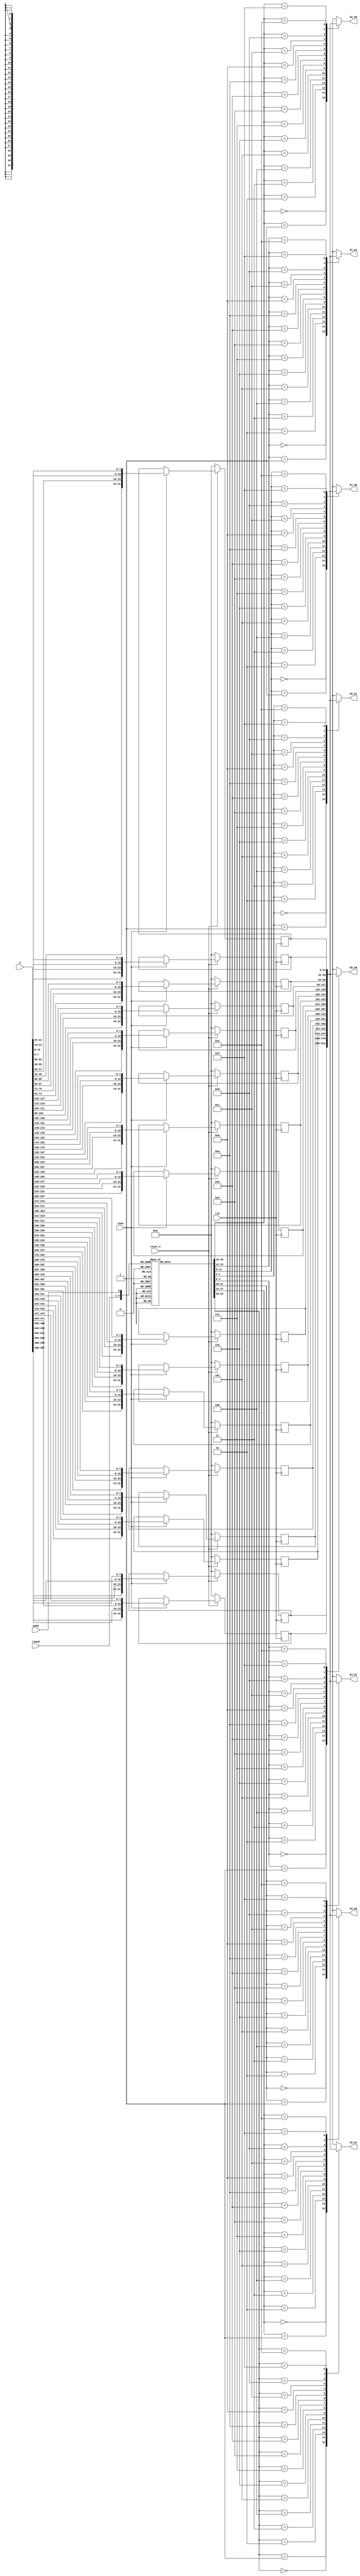
//======================================================================
//
// blake2s_m_select.v
// ------------------
// Verilog 2001 implementation of the message word selection in the
// blake2 hash function core. Based on the given round and mode, we
// extract the indices for the eight m words to select.
// The words are then selected and returned. This is basically a
// mux based implementation of the permutation table in combination
// with the actual word selection.
//
//
// Note that we use the mode to signal which indices to select
// for a given round. This is because we don't do 8 G-functions
// in a single cycle.
//
//
// Copyright (c) 2018, Assured AB
// All rights reserved.
//
// Redistribution and use in source and binary forms, with or
// without modification, are permitted provided that the following
// conditions are met:
//
// 1. Redistributions of source code must retain the above copyright
//    notice, this list of conditions and the following disclaimer.
//
// 2. Redistributions in binary form must reproduce the above copyright
//    notice, this list of conditions and the following disclaimer in
//    the documentation and/or other materials provided with the
//    distribution.
//
// THIS SOFTWARE IS PROVIDED BY THE COPYRIGHT HOLDERS AND CONTRIBUTORS
// "AS IS" AND ANY EXPRESS OR IMPLIED WARRANTIES, INCLUDING, BUT NOT
// LIMITED TO, THE IMPLIED WARRANTIES OF MERCHANTABILITY AND FITNESS
// FOR A PARTICULAR PURPOSE ARE DISCLAIMED. IN NO EVENT SHALL THE
// COPYRIGHT OWNER OR CONTRIBUTORS BE LIABLE FOR ANY DIRECT, INDIRECT,
// INCIDENTAL, SPECIAL, EXEMPLARY, OR CONSEQUENTIAL DAMAGES (INCLUDING,
// BUT NOT LIMITED TO, PROCUREMENT OF SUBSTITUTE GOODS OR SERVICES;
// LOSS OF USE, DATA, OR PROFITS; OR BUSINESS INTERRUPTION) HOWEVER
// CAUSED AND ON ANY THEORY OF LIABILITY, WHETHER IN CONTRACT,
// STRICT LIABILITY, OR TORT (INCLUDING NEGLIGENCE OR OTHERWISE)
// ARISING IN ANY WAY OUT OF THE USE OF THIS SOFTWARE, EVEN IF
// ADVISED OF THE POSSIBILITY OF SUCH DAMAGE.
//
//======================================================================

module blake2s_m_select(
                        input wire           clk,
                        input wire           reset_n,

                        input wire           load,
                        input wire [511 : 0] m,

                        input wire [3 : 0]   round,
                        input wire           mode,

                        output wire [31 : 0] G0_m0,
                        output wire [31 : 0] G0_m1,
                        output wire [31 : 0] G1_m0,
                        output wire [31 : 0] G1_m1,
                        output wire [31 : 0] G2_m0,
                        output wire [31 : 0] G2_m1,
                        output wire [31 : 0] G3_m0,
                        output wire [31 : 0] G3_m1
                       );


  //----------------------------------------------------------------
  // regs.
  //----------------------------------------------------------------
  reg [31 : 0] m_mem [0 : 15];


  //----------------------------------------------------------------
  // Wires.
  //----------------------------------------------------------------
  reg [3 : 0] i_G0_m0;
  reg [3 : 0] i_G0_m1;
  reg [3 : 0] i_G1_m0;
  reg [3 : 0] i_G1_m1;
  reg [3 : 0] i_G2_m0;
  reg [3 : 0] i_G2_m1;
  reg [3 : 0] i_G3_m0;
  reg [3 : 0] i_G3_m1;


  //----------------------------------------------------------------
  // Concurrent connectivity for ports.
  //----------------------------------------------------------------
  // Eight parallel, muxes that extract the message block words.
  assign G0_m0 = m_mem[i_G0_m0];
  assign G0_m1 = m_mem[i_G0_m1];
  assign G1_m0 = m_mem[i_G1_m0];
  assign G1_m1 = m_mem[i_G1_m1];
  assign G2_m0 = m_mem[i_G2_m0];
  assign G2_m1 = m_mem[i_G2_m1];
  assign G3_m0 = m_mem[i_G3_m0];
  assign G3_m1 = m_mem[i_G3_m1];


  //----------------------------------------------------------------
  // reg_update
  //
  // Update functionality for all registers in the core.
  // All registers are positive edge triggered with synchronous,
  // active low reset. All registers have write enable.
  //----------------------------------------------------------------
  always @ (posedge clk)
    begin : reg_update
      integer i;

      if (!reset_n)
        begin
          for (i = 0 ; i < 16 ; i = i + 1)
            m_mem[i] <= 32'h0;
        end
      else
        begin
          if (load)
            begin
              // Big to little endian conversion during register load.
              m_mem[00] <= {m[0487 : 0480], m[0495 : 0488], m[0503 : 0496], m[0511 : 0504]};
              m_mem[01] <= {m[0455 : 0448], m[0463 : 0456], m[0471 : 0464], m[0479 : 0472]};
              m_mem[02] <= {m[0423 : 0416], m[0431 : 0424], m[0439 : 0432], m[0447 : 0440]};
              m_mem[03] <= {m[0391 : 0384], m[0399 : 0392], m[0407 : 0400], m[0415 : 0408]};
              m_mem[04] <= {m[0359 : 0352], m[0367 : 0360], m[0375 : 0368], m[0383 : 0376]};
              m_mem[05] <= {m[0327 : 0320], m[0335 : 0328], m[0343 : 0336], m[0351 : 0344]};
              m_mem[06] <= {m[0295 : 0288], m[0303 : 0296], m[0311 : 0304], m[0319 : 0312]};
              m_mem[07] <= {m[0263 : 0256], m[0271 : 0264], m[0279 : 0272], m[0287 : 0280]};
              m_mem[08] <= {m[0231 : 0224], m[0239 : 0232], m[0247 : 0240], m[0255 : 0248]};
              m_mem[09] <= {m[0199 : 0192], m[0207 : 0200], m[0215 : 0208], m[0223 : 0216]};
              m_mem[10] <= {m[0167 : 0160], m[0175 : 0168], m[0183 : 0176], m[0191 : 0184]};
              m_mem[11] <= {m[0135 : 0128], m[0143 : 0136], m[0151 : 0144], m[0159 : 0152]};
              m_mem[12] <= {m[0103 : 0096], m[0111 : 0104], m[0119 : 0112], m[0127 : 0120]};
              m_mem[13] <= {m[0071 : 0064], m[0079 : 0072], m[0087 : 0080], m[0095 : 0088]};
              m_mem[14] <= {m[0039 : 0032], m[0047 : 0040], m[0055 : 0048], m[0063 : 0056]};
              m_mem[15] <= {m[0007 : 0000], m[0015 : 0008], m[0023 : 0016], m[0031 : 0024]};
            end
        end
    end // reg_update


  //----------------------------------------------------------------
  // get_indices
  //
  // Get the indices from the permutation table given the
  // round and the G function mode. This is the SIGMA table.
  //----------------------------------------------------------------
  always @*
    begin : get_indices
      i_G0_m0 = 4'd0;
      i_G0_m1 = 4'd0;
      i_G1_m0 = 4'd0;
      i_G1_m1 = 4'd0;
      i_G2_m0 = 4'd0;
      i_G2_m1 = 4'd0;
      i_G3_m0 = 4'd0;
      i_G3_m1 = 4'd0;

      case ({round, mode})
        0: begin
          i_G0_m0 = 4'd00;
          i_G0_m1 = 4'd01;
          i_G1_m0 = 4'd02;
          i_G1_m1 = 4'd03;
          i_G2_m0 = 4'd04;
          i_G2_m1 = 4'd05;
          i_G3_m0 = 4'd06;
          i_G3_m1 = 4'd07;
        end

        1: begin
          i_G0_m0 = 4'd08;
          i_G0_m1 = 4'd09;
          i_G1_m0 = 4'd10;
          i_G1_m1 = 4'd11;
          i_G2_m0 = 4'd12;
          i_G2_m1 = 4'd13;
          i_G3_m0 = 4'd14;
          i_G3_m1 = 4'd15;
        end

        2: begin
          i_G0_m0 = 4'd14;
          i_G0_m1 = 4'd10;
          i_G1_m0 = 4'd04;
          i_G1_m1 = 4'd08;
          i_G2_m0 = 4'd09;
          i_G2_m1 = 4'd15;
          i_G3_m0 = 4'd13;
          i_G3_m1 = 4'd06;
        end

        3: begin
          i_G0_m0 = 4'd01;
          i_G0_m1 = 4'd12;
          i_G1_m0 = 4'd00;
          i_G1_m1 = 4'd02;
          i_G2_m0 = 4'd11;
          i_G2_m1 = 4'd07;
          i_G3_m0 = 4'd05;
          i_G3_m1 = 4'd03;
        end

        4: begin
          i_G0_m0 = 4'd11;
          i_G0_m1 = 4'd08;
          i_G1_m0 = 4'd12;
          i_G1_m1 = 4'd00;
          i_G2_m0 = 4'd05;
          i_G2_m1 = 4'd02;
          i_G3_m0 = 4'd15;
          i_G3_m1 = 4'd13;
        end

        5: begin
          i_G0_m0 = 4'd10;
          i_G0_m1 = 4'd14;
          i_G1_m0 = 4'd03;
          i_G1_m1 = 4'd06;
          i_G2_m0 = 4'd07;
          i_G2_m1 = 4'd01;
          i_G3_m0 = 4'd09;
          i_G3_m1 = 4'd04;
        end

        6: begin
          i_G0_m0 = 4'd07;
          i_G0_m1 = 4'd09;
          i_G1_m0 = 4'd03;
          i_G1_m1 = 4'd01;
          i_G2_m0 = 4'd13;
          i_G2_m1 = 4'd12;
          i_G3_m0 = 4'd11;
          i_G3_m1 = 4'd14;
        end

        7: begin
          i_G0_m0 = 4'd02;
          i_G0_m1 = 4'd06;
          i_G1_m0 = 4'd05;
          i_G1_m1 = 4'd10;
          i_G2_m0 = 4'd04;
          i_G2_m1 = 4'd00;
          i_G3_m0 = 4'd15;
          i_G3_m1 = 4'd08;
        end

        8: begin
          i_G0_m0 = 4'd09;
          i_G0_m1 = 4'd00;
          i_G1_m0 = 4'd05;
          i_G1_m1 = 4'd07;
          i_G2_m0 = 4'd02;
          i_G2_m1 = 4'd04;
          i_G3_m0 = 4'd10;
          i_G3_m1 = 4'd15;
        end

        9: begin
          i_G0_m0 = 4'd14;
          i_G0_m1 = 4'd01;
          i_G1_m0 = 4'd11;
          i_G1_m1 = 4'd12;
          i_G2_m0 = 4'd06;
          i_G2_m1 = 4'd08;
          i_G3_m0 = 4'd03;
          i_G3_m1 = 4'd13;
        end

        10: begin
          i_G0_m0 = 4'd02;
          i_G0_m1 = 4'd12;
          i_G1_m0 = 4'd06;
          i_G1_m1 = 4'd10;
          i_G2_m0 = 4'd00;
          i_G2_m1 = 4'd11;
          i_G3_m0 = 4'd08;
          i_G3_m1 = 4'd03;
        end

        11: begin
          i_G0_m0 = 4'd04;
          i_G0_m1 = 4'd13;
          i_G1_m0 = 4'd07;
          i_G1_m1 = 4'd05;
          i_G2_m0 = 4'd15;
          i_G2_m1 = 4'd14;
          i_G3_m0 = 4'd01;
          i_G3_m1 = 4'd09;
        end

        12: begin
          i_G0_m0 = 4'd12;
          i_G0_m1 = 4'd05;
          i_G1_m0 = 4'd01;
          i_G1_m1 = 4'd15;
          i_G2_m0 = 4'd14;
          i_G2_m1 = 4'd13;
          i_G3_m0 = 4'd04;
          i_G3_m1 = 4'd10;
        end

        13: begin
          i_G0_m0 = 4'd00;
          i_G0_m1 = 4'd07;
          i_G1_m0 = 4'd06;
          i_G1_m1 = 4'd03;
          i_G2_m0 = 4'd09;
          i_G2_m1 = 4'd02;
          i_G3_m0 = 4'd08;
          i_G3_m1 = 4'd11;
        end

        14: begin
          i_G0_m0 = 4'd13;
          i_G0_m1 = 4'd11;
          i_G1_m0 = 4'd07;
          i_G1_m1 = 4'd14;
          i_G2_m0 = 4'd12;
          i_G2_m1 = 4'd01;
          i_G3_m0 = 4'd03;
          i_G3_m1 = 4'd09;
        end

        15: begin
          i_G0_m0 = 4'd05;
          i_G0_m1 = 4'd00;
          i_G1_m0 = 4'd15;
          i_G1_m1 = 4'd04;
          i_G2_m0 = 4'd08;
          i_G2_m1 = 4'd06;
          i_G3_m0 = 4'd02;
          i_G3_m1 = 4'd10;
        end

        16: begin
          i_G0_m0 = 4'd06;
          i_G0_m1 = 4'd15;
          i_G1_m0 = 4'd14;
          i_G1_m1 = 4'd09;
          i_G2_m0 = 4'd11;
          i_G2_m1 = 4'd03;
          i_G3_m0 = 4'd00;
          i_G3_m1 = 4'd08;
        end

        17: begin
          i_G0_m0 = 4'd12;
          i_G0_m1 = 4'd02;
          i_G1_m0 = 4'd13;
          i_G1_m1 = 4'd07;
          i_G2_m0 = 4'd01;
          i_G2_m1 = 4'd04;
          i_G3_m0 = 4'd10;
          i_G3_m1 = 4'd05;
        end

        18: begin
          i_G0_m0 = 4'd10;
          i_G0_m1 = 4'd02;
          i_G1_m0 = 4'd08;
          i_G1_m1 = 4'd04;
          i_G2_m0 = 4'd07;
          i_G2_m1 = 4'd06;
          i_G3_m0 = 4'd01;
          i_G3_m1 = 4'd05;
        end

        19: begin
          i_G0_m0 = 4'd15;
          i_G0_m1 = 4'd11;
          i_G1_m0 = 4'd09;
          i_G1_m1 = 4'd14;
          i_G2_m0 = 4'd03;
          i_G2_m1 = 4'd12;
          i_G3_m0 = 4'd13;
          i_G3_m1 = 4'd00;
        end

        default: begin end
      endcase // case ({round, mode})
    end

endmodule // blake2s_m_select

//======================================================================
// EOF blake2s_m_select.v
//======================================================================